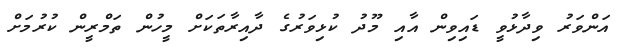
އަންވަރު ވިދާޅުވީ ޑައިވިން އާއި މޫދު ކުޅިވަރުގެ ދާއިރާތަކަށް މީހުން ތަމްރީން ކުރުމަށް